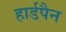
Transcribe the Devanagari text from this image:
हार्डपैन